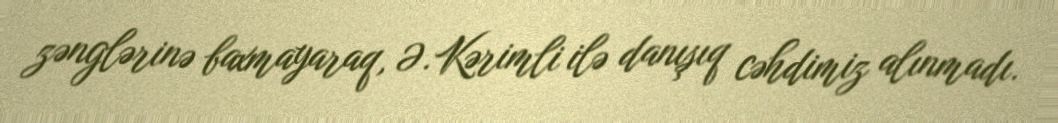
zənglərinə baxmayaraq, Ə.Kərimli ilə danışıq cəhdimiz alınmadı.